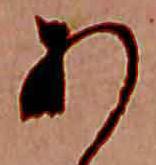
あ